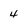
Character: 4